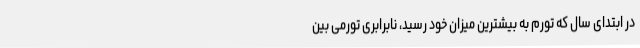
در ابتدای سال که تورم به بیشترین میزان خود رسید، نابرابری تورمی بین